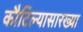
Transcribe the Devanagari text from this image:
कौटिल्यासारख्या